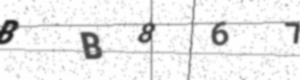
Text: BB867